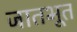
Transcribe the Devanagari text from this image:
जातभूत